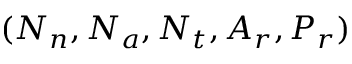
( N _ { n } , N _ { a } , N _ { t } , A _ { r } , P _ { r } )